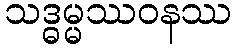
သဒ္ဓမ္မဿဝနဿ